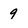
Character: 9